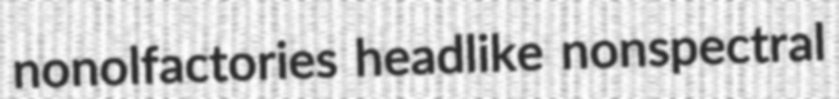
nonolfactories headlike nonspectral